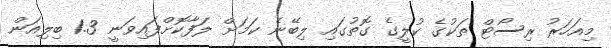
މިއަހަރު ރިސޯޓް ތަކުގެ ކުލީގެ ގޮތުގައި ލިބޭނެ ކަމަށް ލަފާކޮށްފައިވަނީ 1.3 ބިލިއަން